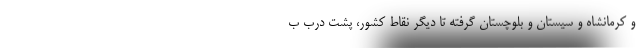
و کرمانشاه و سیستان و بلوچستان گرفته تا دیگر نقاط کشور، پشت درب ب